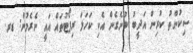
ސިކުންތު ކުރިން އަދީބު ބުނެގެން އެކި ކަހަލަ ރިޕޯޓުތައް އައީ ނެރެމުން: ޑރ.